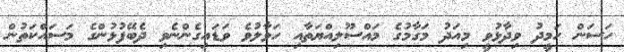
ހަސަން ހަމީދު ވިދާޅުވީ މިއަދު މަގާމުގެ މައްސޫލިއްޔަތާއި ހަވާލުވެ ވަޑައިގެންނެވި ދެބޭފުޅުންގެ މަސައްކަތުން